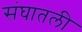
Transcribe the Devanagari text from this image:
संघातली